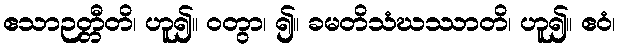
ဧသာဉတ္တီတိ၊ ဟူ၍။ ဝတွာ၊ ၍။ ခမတိသံဃဿာတိ၊ ဟူ၍။ ဧဝံ၊